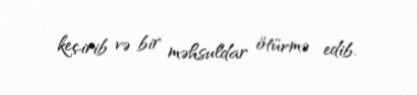
keçirib və bir məhsuldar ötürmə edib.